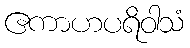
ဧကာဟပရိဝါသံ